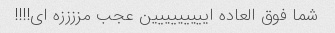
شما فوق العاده اییییییییین عجب مززززه اى!!!!